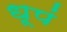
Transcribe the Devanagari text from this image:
धूपं